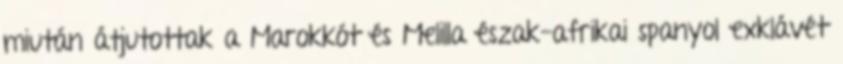
miután átjutottak a Marokkót és Melilla észak-afrikai spanyol exklávét